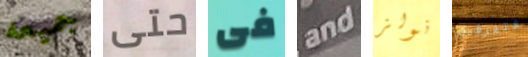
جميعه حتى فى and نولز وتعرفين